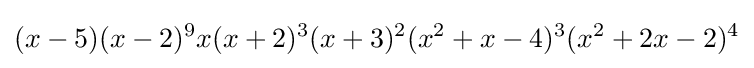
(x-5)(x-2)^{9}x(x+2)^{3}(x+3)^{2}(x^{2}+x-4)^{3}(x^{2}+2x-2)^{4}